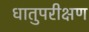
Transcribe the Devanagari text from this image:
धातुपरीक्षण